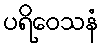
ပရိဝေသနံ